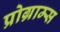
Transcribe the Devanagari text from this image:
प्रोग्राम्‍स